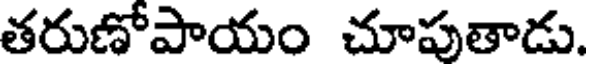
తరుణోపాయం చూపుతాడు.